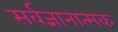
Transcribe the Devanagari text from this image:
सर्वज्ञानात्मक